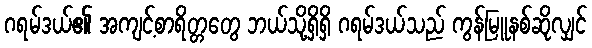
ဂရမ်ဒယ်၏ အကျင့်စာရိတ္တတွေ ဘယ်သို့ရှိရှိ ဂရမ်ဒယ်သည် ကွန်မြူနစ်ဆိုလျှင်